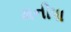
મનીષા